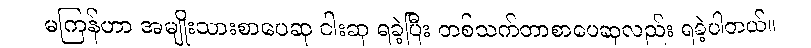
မကြန်ဟာ အမျိုးသားစာပေဆု ငါးဆု ရခဲ့ပြီး တစ်သက်တာစာပေဆုလည်း ရခဲ့ပါတယ်။